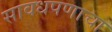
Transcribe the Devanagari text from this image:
सावधपणाचा